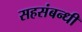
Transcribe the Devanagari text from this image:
सहसंबन्धी